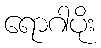
ရောဂါပိုး